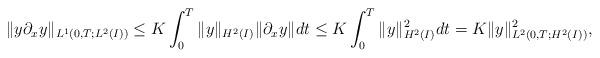
LaTeX: \begin{align*} \|y\partial_x y\|_{L^1(0,T;L^2(I))}\leq K\int_0^T\|y\|_{H^2(I)}\|\partial_x y\|dt\leq K\int_0^T\|y\|_{H^2(I)}^2dt=K\|y\|_{L^2(0,T;H^2(I))}^2, \end{align*}